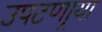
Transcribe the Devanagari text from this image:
उपटणार्‍या